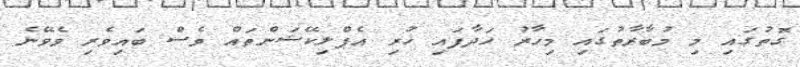
ގޮތުގައި މި މުބާރާތުގައި މިހާރު ހަދާފައި ހުރި އެޕްލިކޭޝަންތައް ވެސް ބައިވެރި ވެވޭނެ